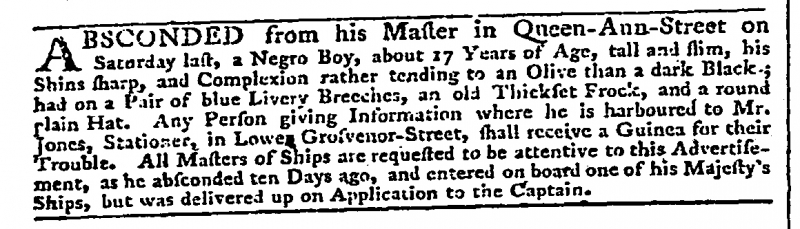
Daily Advertiser, 2 September 1777 (England)
ABSCONDED from his Master in Queen-Ann-Street on Saturday last, a Negro Boy, about 17 Years of Age, tall and slim, his Shins sharp, and Complexion rather tending to an Olive than a dark Black; had on a Pair of blue Livery Breeches, an old Thickset Frock, and a round plain Hat. Any Person giving Information where is harboured to Mr. Jones, Stationer, in Lower Grosvenor-Street, shall receive a Guinea for their Trouble. All Masters of Ships are requested to be attentive to this Advertisement, as he absconded ten Days ago, and entered on board one of his Majesty’s Ships, but was delivered up on Application to the Captain.